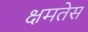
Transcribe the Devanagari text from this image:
क्षमतेस